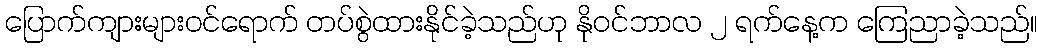
ပြောက်ကျားများဝင်ရောက် တပ်စွဲထားနိုင်ခဲ့သည်ဟု နိုဝင်ဘာလ ၂ ရက်နေ့က ကြေညာခဲ့သည်။